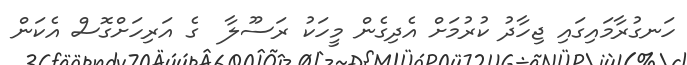
ހަނގުރާމައިގައި ޖިހާދު ކުރުމަށް އެދިގެން މީހަކު ރަސޫލާ  ގެ އަރިހަށްގޮސް އެކަން